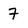
Character: 7